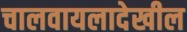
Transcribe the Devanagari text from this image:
चालवायलादेखील